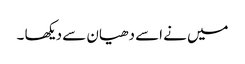
میں نے اسے دھیان سے دیکھا ۔